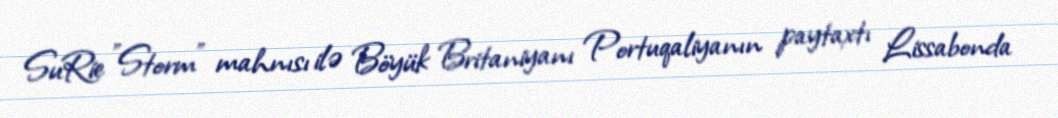
SuRie "Storm" mahnısı ilə Böyük Britaniyanı Portuqaliyanın paytaxtı Lissabonda